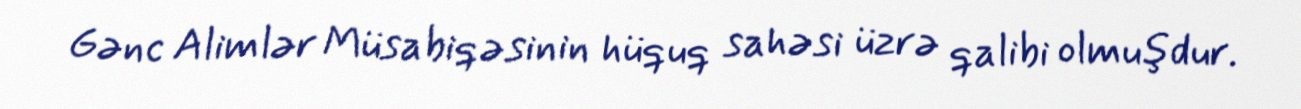
Gənc Alimlər Müsabiqəsinin hüquq sahəsi üzrə qalibi olmuşdur.